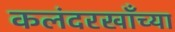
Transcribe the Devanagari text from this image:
कलंदरखाँच्या